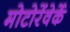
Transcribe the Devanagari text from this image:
मोटोरेंवेर्के